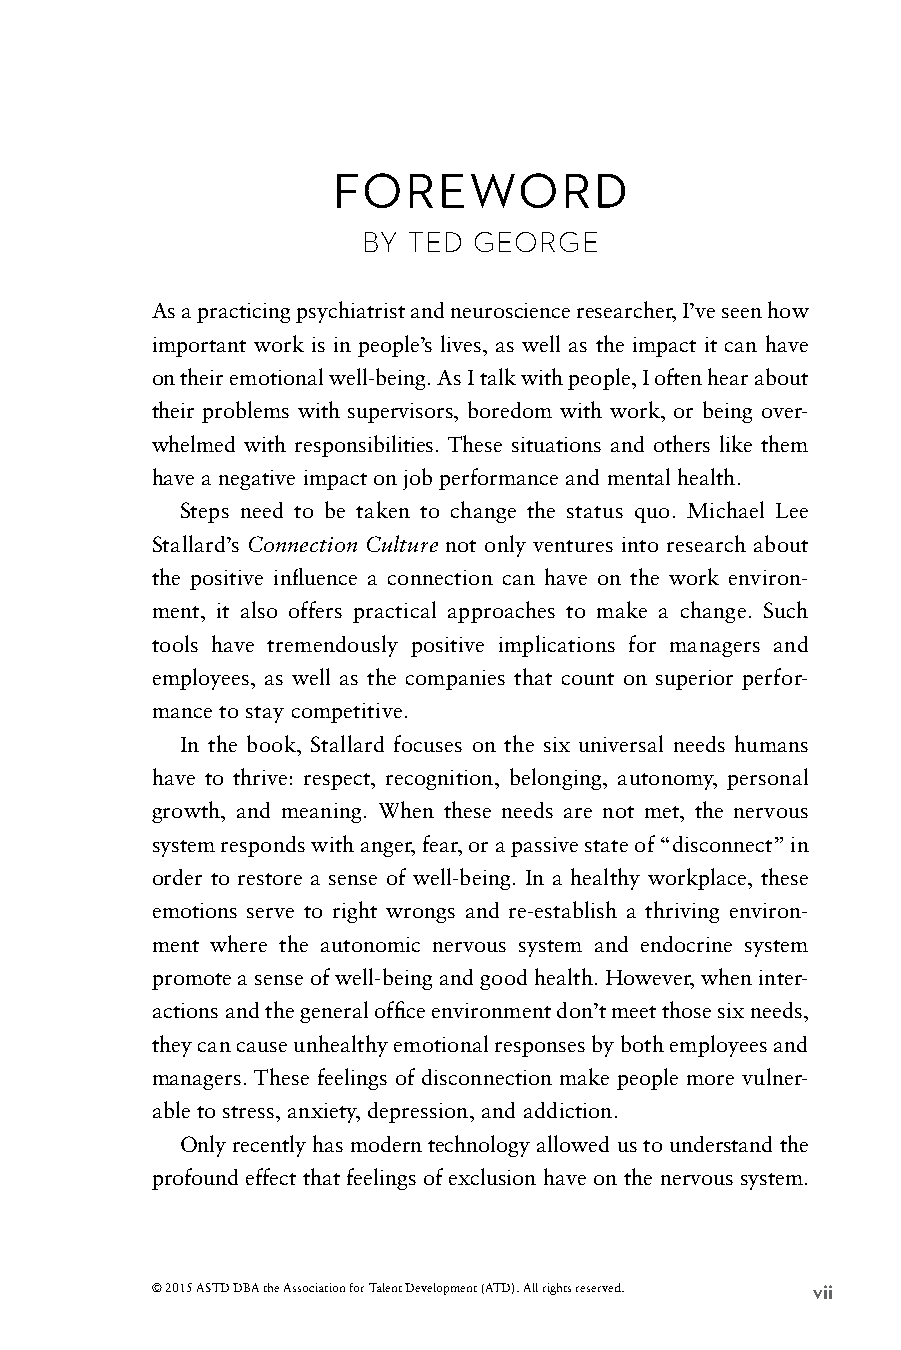
FOREWORD
 BY TED GEORGE
 As a practicing psychiatrist and neuroscience researcher, I’ve seen how
 important work is in people’s lives, as well as the impact it can have
 on their emotional well-being. As I talk with people, I often hear about
 their problems with supervisors, boredom with work, or being over-
 whelmed with responsibilities. These situations and others like them
 have a negative impact on job performance and mental health.
 Steps need to be taken to change the status quo. Michael Lee
 Stallard’s Connection Culture not only ventures into research about
 the positive influence a connection can have on the work environ-
 ment, it also offers practical approaches to make a change. Such
 tools have tremendously positive implications for managers and
 employees, as well as the companies that count on superior perfor-
 mance to stay competitive.
 In the book, Stallard focuses on the six universal needs humans
 have to thrive: respect, recognition, belonging, autonomy, personal
 growth, and meaning. When these needs are not met, the nervous
 system responds with anger, fear, or a passive state of “disconnect” in
 order to restore a sense of well-being. In a healthy workplace, these
 emotions serve to right wrongs and re-establish a thriving environ-
 ment where the autonomic nervous system and endocrine system
 promote a sense of well-being and good health. However, when inter-
 actions and the general office environment don’t meet those six needs,
 they can cause unhealthy emotional responses by both employees and
 managers. These feelings of disconnection make people more vulner-
 able to stress, anxiety, depression, and addiction.
 Only recently has modern technology allowed us to understand the
 profound effect that feelings of exclusion have on the nervous system.
 © 2015 ASTD DBA the Association for Talent Development (ATD). All rights reserved. vii